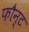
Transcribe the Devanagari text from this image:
फौन्ट